Insane asylums in Bengal annual reports 1867-1875 - 1867-1875
Year: 1867
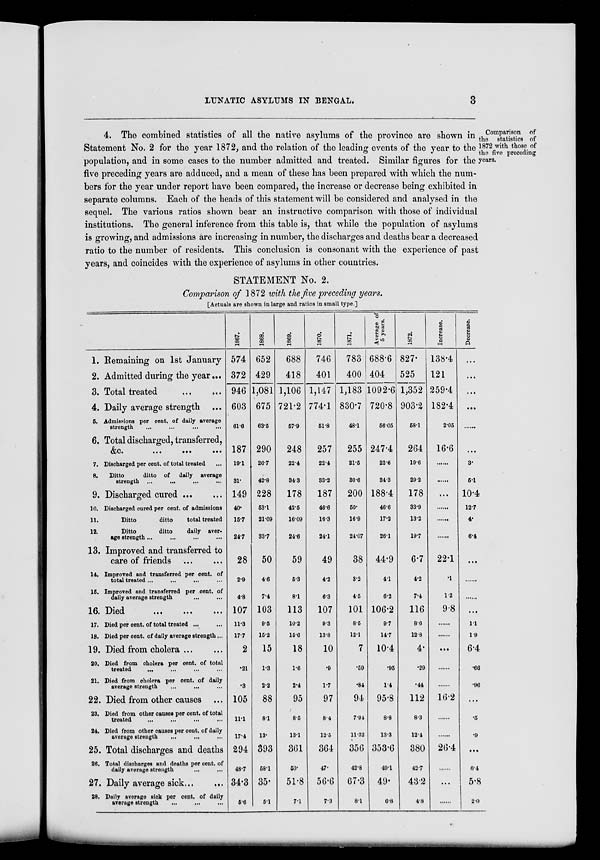
LUNATIC ASYLUMS IN BENGAL.
3
Comparison of
the statistics of
1872 with those of
the five preceding
years.
4. The combined statistics of all the native asylums of the province are shown in
Statement No. 2 for the year 1872, and the relation of the leading events of the year to the
population, and in some cases to the number admitted and treated. Similar figures for the
five preceding years are adduced, and a mean of these has been prepared with which the num-
bers for the year under report have been compared, the increase or decrease being exhibited in
separate columns. Each of the heads of this statement will be considered and analysed in the
sequel. The various ratios shown bear an instructive comparison with those of individual
institutions. The general inference from this table is, that while the population of asylums
is growing, and admissions are increasing in number, the discharges and deaths bear a decreased
ratio to the number of residents. This conclusion is consonant with the experience of past
years, and coincides with the experience of asylums in other countries.
STATEMENT No. 2.
Comparison of 1872 with the five preceding years.
[Actuals are shown in large and ratios in small type.]
1.
2.
3.
4.
5.
6.
7.
8.
9.
10.
11.
12.
13.
14.
15.
16.
17.
18.
19.
20.
21.
22.
23.
24.
25.
26.
27.
28.
Remaining on 1st January
Admitted during the year ...
Total treated
...
...
Daily average strength ...
Admissions per cent. of daily average
strength
...
...
...
...
Total discharged, transferred,
&c.
...
...
...
Discharged per cent. of total treated ...
Ditto
ditto of daily average
strength ... ... ... ...
Discharged cured ... ...
Discharged cured per cent. of admissions
Ditto
ditto
total treated
Ditto
ditto
daily aver-
age strength ... ... ... ...
Improved and transferred to ... ...
care of friends ... ...
Improved and transferred per cent. of
total treated ... ... ... ...
Improved and transferred per cent. of
daily average strength ... ...
Died ... ... ...
Died per cent. of total treated ... ...
Died per cent. of daily average strength ...
Died from cholera ... ...
Died from cholera per cent. of total
treated
... ... ... ...
Died from cholera per cent. of daily
average strength
...
... ...
Died from other causes ...
Died from other causes per cent. of total
treated
...
...
... ...
Died from other causes per cent. of daily
average strength ... ... ...
Total discharges and deaths
Total discharges and deaths per cent. of
daily average strength
... ...
Daily average sick ... ...
Daily average sick cent. of daily
average strength ... ... ...
1867.
574
372
946
603
61.6
187
19.1
31.
149
40.
15.7
24.7
28
2.9
4.8
107
11.3
17.7
2
.21
.3
105
11.1
17.4
294
48.7
34.3
5.6
1868.
652
429
1,081
675
63.5
290
26.7
42.8
228
53.1
21.09
33.7
50
4.6
7.4
103
9.5
15.2
15
1.3
2.2
88
8.1
13.
393
58.1
35.
5.1
1869.
688
418
1,106
721.2
57.9
248
22.4
34.3
178
42.5
16.09
24.6
59
5.3
8.1
113
10.2
15.6
18
1.6
2.4
95
8.5
13.1
361
50.
51.8
7.1
1870.
746
401
1,147
774.1
51.8
257
22.4
33.2
187
46.6
16.3
24.1
49
4.2
6.3
107
9.3
13.8
10
.9
1.7
97
8.4
12.5
364
47.
56.6
7.3
1871.
783
400
1,183
830.7
48.1
255
21.5
30.6
200
50.
16.9
24.07
38
3.2
4.5
101
8.5
12.1
7
.59
.84
94
7.94
11.32
356
42.8
67.3
8.1
Average of
5 years.
688.6
404
1092.6
720.8
56.05
247.4
22.6
34.3
188.4
46.6
17.2
26.1
44.9
4.1
6.2
106.2
9.7
14.7
10.4
.95
1.4
95.8
8.8
13.3
353.6
49.1
49.
6.8
1872.
827.
525
1,352
903.2
58.1
264
19.6
29.2
178
33.9
13.2
19.7
6.7
4.2
7.4
116
8.6
12.8
4.
.29
.44
112
8.3
12.4
380
42.7
43.2
4.8
Increase.
138.4
121
259.4
182.4
2.05
16.6
......
......
...
......
......
......
22.1
.1
1.2
9.8
......
......
...
......
......
16.2
......
......
26.4
.......
...
......
Decrease.
...
...
...
...
......
...
3.
5.1
10.4
12.7
4.
6.4
...
......
......
...
1.1
1.9
6.4
.66
.96
...
.5
.9
...
6.4
5.8
2.0